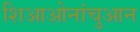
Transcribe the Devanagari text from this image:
शिआओनांचुआन